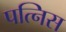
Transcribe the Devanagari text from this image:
पत्निस